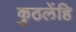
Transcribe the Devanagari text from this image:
कुठलेंहि